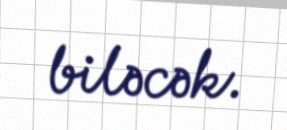
biləcək.